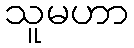
သူမဟာ